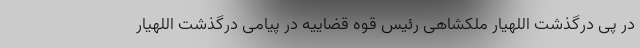
در پی درگذشت اللهیار ملکشاهی رئیس قوه قضاییه در پیامی درگذشت اللهیار